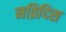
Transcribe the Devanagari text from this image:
मव्रिदिस